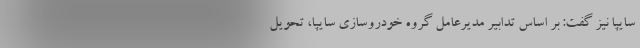
سایپا نیز گفت: بر اساس تدابیر مدیرعامل گروه خودروسازی سایپا، تحویل